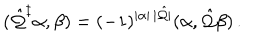
( \hat { \cal Q } ^ { \ddagger } \alpha , \beta ) = ( - 1 ) ^ { | \alpha | \, | \hat { \cal Q } | } ( \alpha , \hat { \cal Q } \beta ) \, .